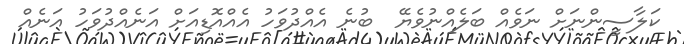
ކަލާސީންނަށް ނަވެއް ބަލެއްނުވެޔޭ  ބުނެ އެއްދުވަހު އެއްއޮޑިއަށް އަނެއްދުވަހު އަނެއް